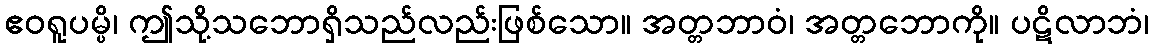
ဧဝရူပမ္ပိ၊ ဤသို့သဘောရှိသည်လည်းဖြစ်သော။ အတ္တဘာဝံ၊ အတ္တဘောကို။ ပဋိလာဘံ၊